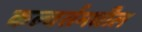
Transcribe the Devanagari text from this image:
कल्चर्समधील